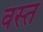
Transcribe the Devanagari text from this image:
वस्त